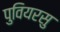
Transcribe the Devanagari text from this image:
पुवियरसु